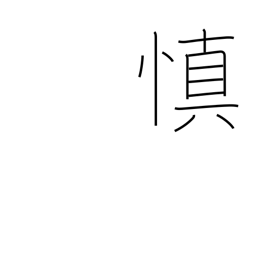
Meaning: prudent